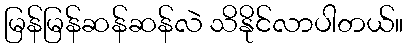
မြန်မြန်ဆန်ဆန်လဲ သိနိုင်လာပါတယ်။